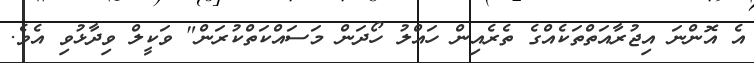
އެ އޮންނަ އިޖުރާއަތްތަކެއްގެ ތެރެއިން ހައްލު ހޯދަން މަސައްކަތްކުރަން" ވަކީލް ވިދާޅުވި އެވެ.